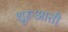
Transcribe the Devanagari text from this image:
शूरूआती